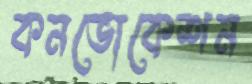
কনভোকেশন